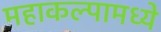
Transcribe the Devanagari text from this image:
महाकल्पामध्ये